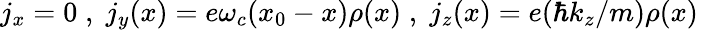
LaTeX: j_{x}=0\; ,\; j_{y}(x)=e\omega_{c}(x_{0}-x)\rho(x)\; ,\; j_{z}(x)=e(\hbar k_{z}/m)\rho(x)\;